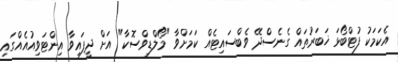
އެކަމަކު ފުޓްބޯޅަ ޚަބަރުތައް ގެނެސްދޭ ވެބްސައިޓެއް ކަމަށްވާ "މޯލްޑިވްސޮކާ" އަށް ދީފައިވާ އިންޓަވިއުއެއްގައި